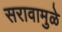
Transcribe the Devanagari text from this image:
सरावामुळे